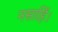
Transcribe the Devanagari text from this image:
नसाहिं।